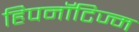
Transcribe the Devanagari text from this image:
हिपनॉटिज्म